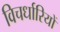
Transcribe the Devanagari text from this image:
विचर्धारियों